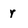
Character: r